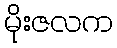
မိုးဇလက